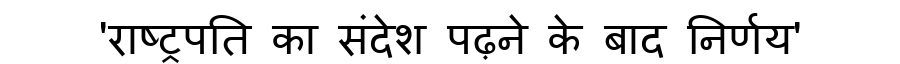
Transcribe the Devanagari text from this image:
'राष्ट्रपति का संदेश पढ़ने के बाद निर्णय'